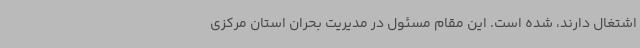
اشتغال دارند، شده است. این مقام مسئول در مدیریت بحران استان مرکزی